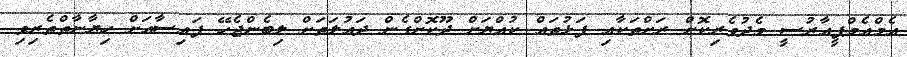
އެމްއެމްޕީއާރުސީ މެދުވެރިކޮށް ރަށްތަކާއި ފަޅުތައް ކުއްޔަށް ދޫކޮށްގެން ދައުލަތަށް ލިބެންޖެހޭ ފައިސާއަށް ހިޔާނާތްތެރިިވި